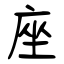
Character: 座